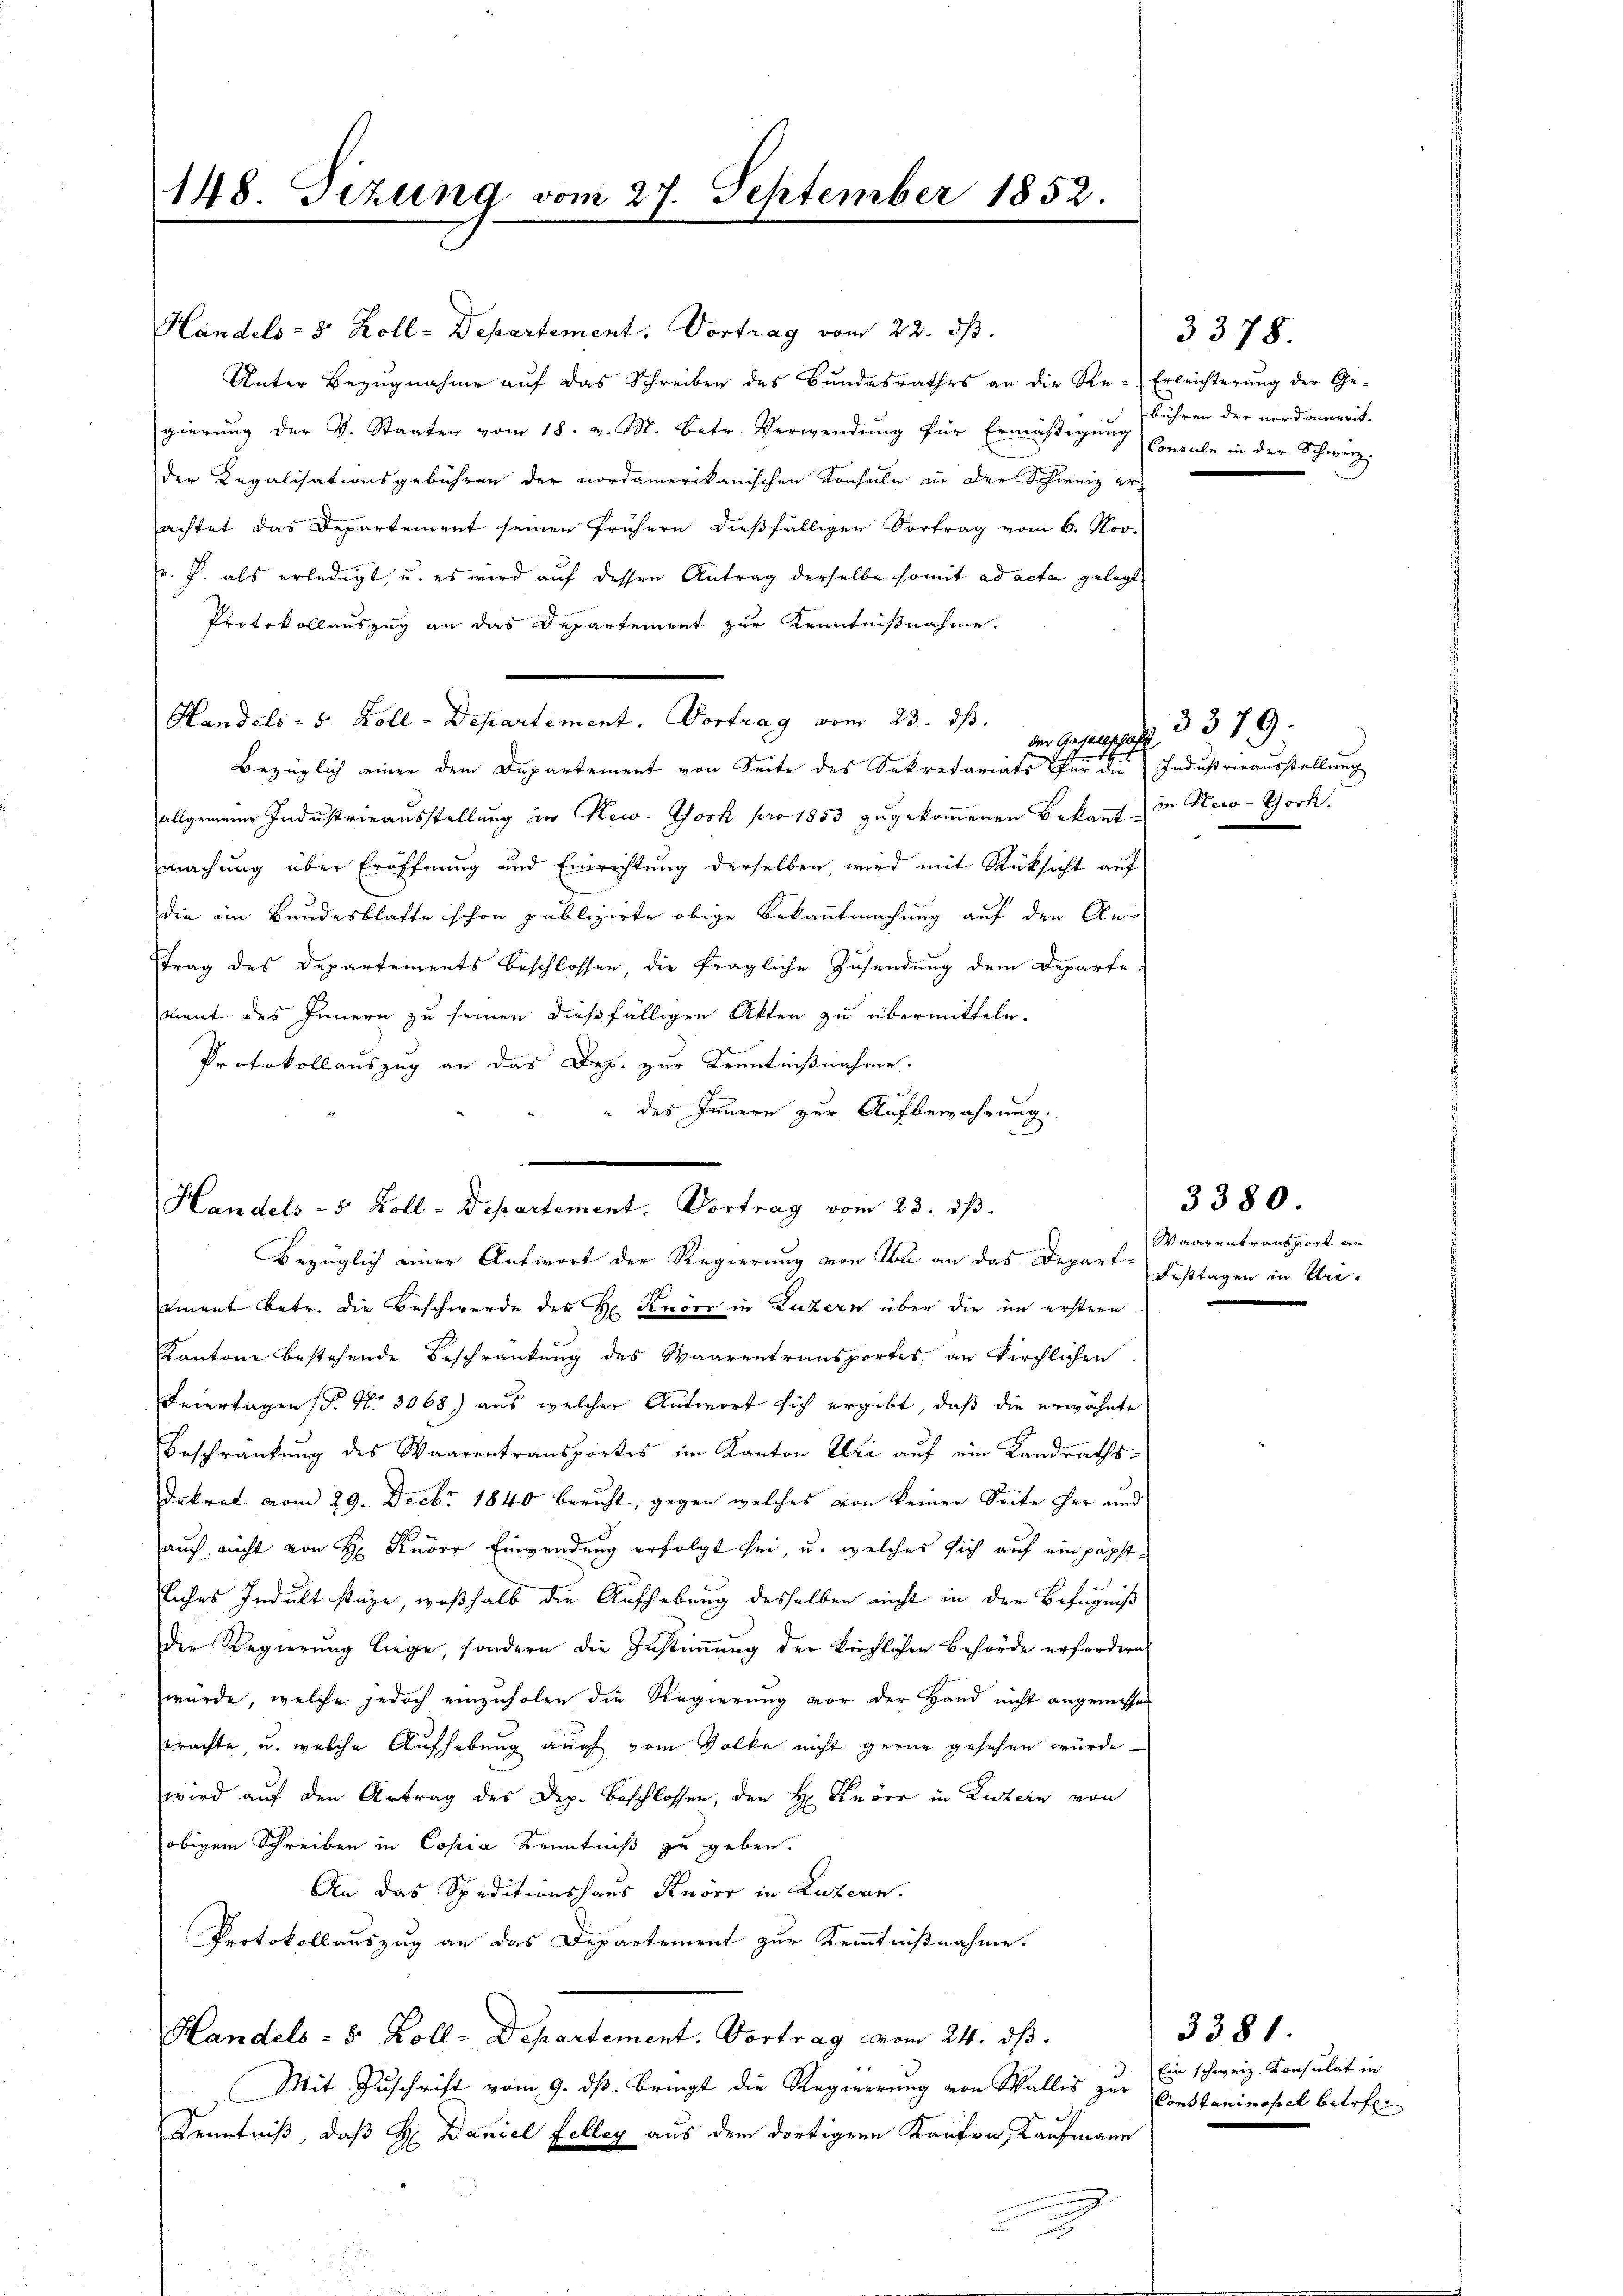
148. Dizung vom 27. September 185

Handels- 3. Koll-Departement. Vortrag vom 22. dβ.
Unter Bezugnahme auf das Schreiben des Bundesrathes an die Re-Erleichterung der Ge-
gierŭng der V. Staaten vom 18. v. M. betr. Verwendŭng für Ermäβigŭng berale in der Schweiz.
der Legalisationsgebühren der nordamerikanischen Konsule in der Schweiz erachtet das Departement seinen frühern dießfälligen Vortrag vom 6. Nov.
r. J. als erledigt, u. es wird auf dessen Antrag derselbe somit ad acta gelegt
Protokollauszug an das Departement zur Kenntnißnahme.
Handels- 5 Zoll-Departement. Vortrag vom 23. ds.
der Gesellschafft
het
Bezüglich einer dem Departement von Seite des Sekretariats für die Industrieausstellung
allgemeine Industrieausstellung in New-York pr 1853 zugekommenen Bekannt in Keo-Chorh
machung über Eröffnung und Einrichtung derselben, wird mit Rücksicht auf
die im Bundesblatte schon publizirte obige Bekanntmachung auf den Antrag des Departements beschlossen, die fragliche Zusendung dem Departe
ment des Innern zu seinen dießfälligen Akten zu übermitteln.
Protokollauszug an das Dep. zur Kenntnißnahme.
" des Innern zur Aufbewahrung.

Handels - 5 Zoll-Departement. Vortrag vom 23. dβ.

bezüglich einer Antwort der Regierung von In an das Depa-Waarentransport an
ament betr. die Beschwerde des Hr. Knorr in Luzern über die im erstern
Kantone bestehende Beschränkung des Waarentransportes, an Kirchlichen
Feiertagen (S. Nr. 3068) aus welcher Antwort sich ergibt, daß die erwähnte
Beschränkung des Waarentransportes im Kanton Wie auf ein Landraths¬
Dekret vom 29. Decbr 1840 beruht, gegen welches von keiner Seite her und
auch nicht von H. Knorr Einwendung erfolgt sei, u. welches sich auf ein päpst
liches Indult stäge, weßhalb die Aufhebung desselben nicht in der Befugniß
der Regierung liege, sondern die Zustimmung der kirchlichen Behörde erfordern
wurde, welche jedoch einzuholen die Regierung vor der Hand nicht angemessen
erachte, u. welche Aufhebung auch vom Volke nicht gerne gesehen würde
wird auf den Antrag des Dep. Beschlossen, den H. Krörr in Luzern von
obigem Schreiben in Copia Kenntniß zu geben.
An das Speditionshaus Knorr in Luzern.
Protokollauszug an das Departement zur Kenntnißnahme.
Handels- 8 Zoll-Departement. Vortrag vom 24. ds.
 Mit Zuschrift vom 9. dß. bringt die Regierung von Wallis zur Constaninopel betreff
Kenntniß, daß H. Daniel Felley aus dem dortigen Kanton, Kaufmann

bühren der nordamerit.

3378.

3379.

3380.
Festtagen in Ur-

3381.
Ein schweiz. Konsulat in